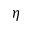
\eta